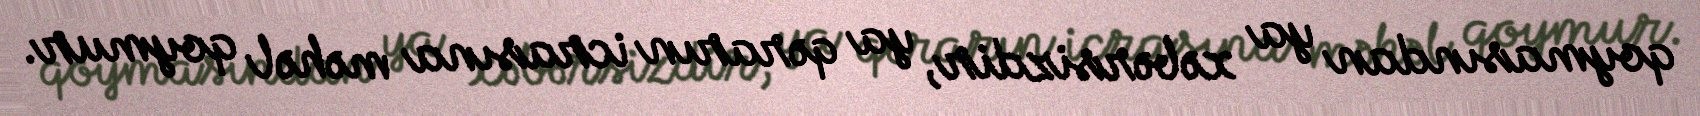
qoymasından ya xəbərsizdir, ya qərarın icrasına məhəl qoymur.